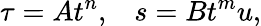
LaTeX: \tau=At^{n},\; \; \; s=Bt^{m}u,